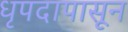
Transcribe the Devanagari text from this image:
धृपदापासून